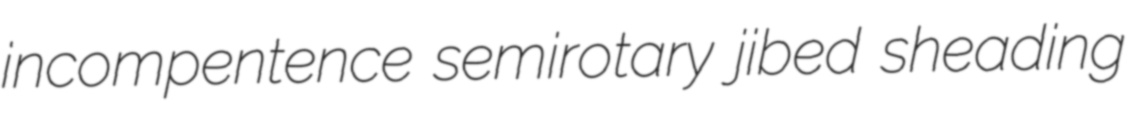
incompentence semirotary jibed sheading